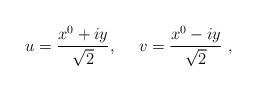
LaTeX: \begin{align*}u={x^0+iy \over \sqrt{2}}, ~~~~v={x^0 -iy \over \sqrt{2}}~,\end{align*}